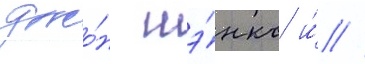
джо́н шэ́нкс и́ //